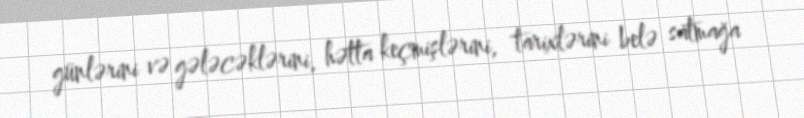
günlərini və gələcəklərini, hətta keçmişlərini, tarixlərini belə satmağa